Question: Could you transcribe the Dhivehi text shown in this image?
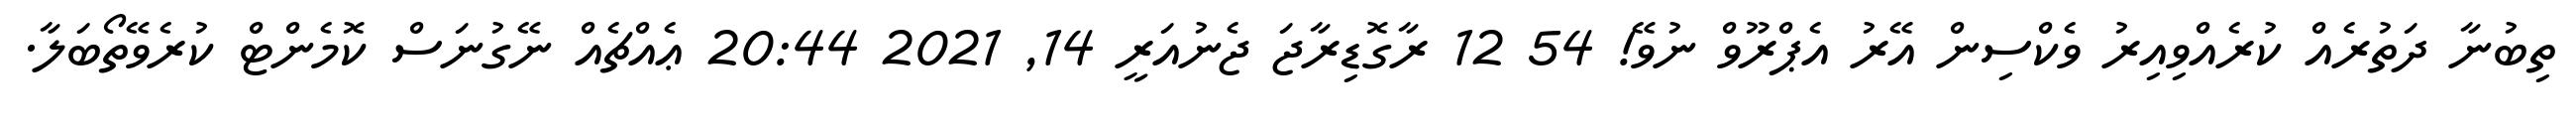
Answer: ތިބުނާ ދަތުރެއް ކުރެއްވިއިރު ވެކްސިން އޭރު އެޕްރޫވް ނުވޭ! 54 12 ރާގޮޑިރާޖަ ޖެނުއަރީ 14, 2021 20:44 ޢެއްޗެއް ނޭގުނަސް ކޮމެންޓް ކުރެވޭތޯބަލާ.